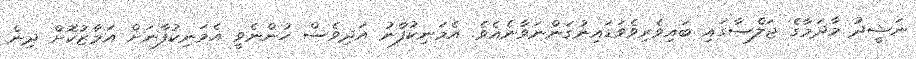
ނަޝީދު މާދަމާގެ ޖަލްސާގައި ބައިވެރިވެވަޑައިނުގަންނަވާނެއެވެ. އެމަނިކުފާނު އަދިވެސް ހުންނެވީ އެމަނިކުފާނަށް އަމާޒުކޮށް ދިން